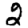
Digit: 2